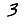
Digit: 3